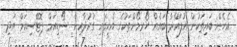
އެހެން ބައިތަކުން އުފައްދާ ބައެއް ހޯރމޯންތަކުގެ އެހީގައި ގުރުދާއިން ސޯޑިއަމް ޕޮޓޭސިއަމް އަދި